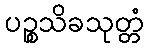
ပဉ္စသိခသုတ္တံ